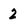
Character: 2